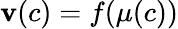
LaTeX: \mathbf{v}(c)=f(\mu(c))